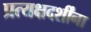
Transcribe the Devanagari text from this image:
प्रत्यक्षदर्शींना